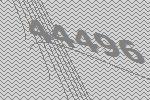
44496